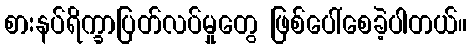
စားနပ်ရိက္ခာပြတ်လပ်မှုတွေ ဖြစ်ပေါ်စေခဲ့ပါတယ်။